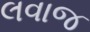
લવાજ